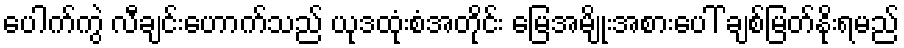
ပေါက်ကွဲ လီချင်းဟောက်သည် ယုဒထုံးစံအတိုင်း မြေအမျိုးအစားပေါ် ချစ်မြတ်နိုးရမည်